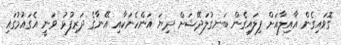
ގޮވައިގެން އާއިލާއަށް ފިލައިގެން ބަނގުލަދޭޝަށް ދިޔަ އަންހެނަކާއި އޭނާގެ ދަރިފުޅު ވަނީ އެގައުމުގައި